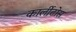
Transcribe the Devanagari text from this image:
कार्लीटोस